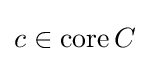
c\in \operatorname {core} C